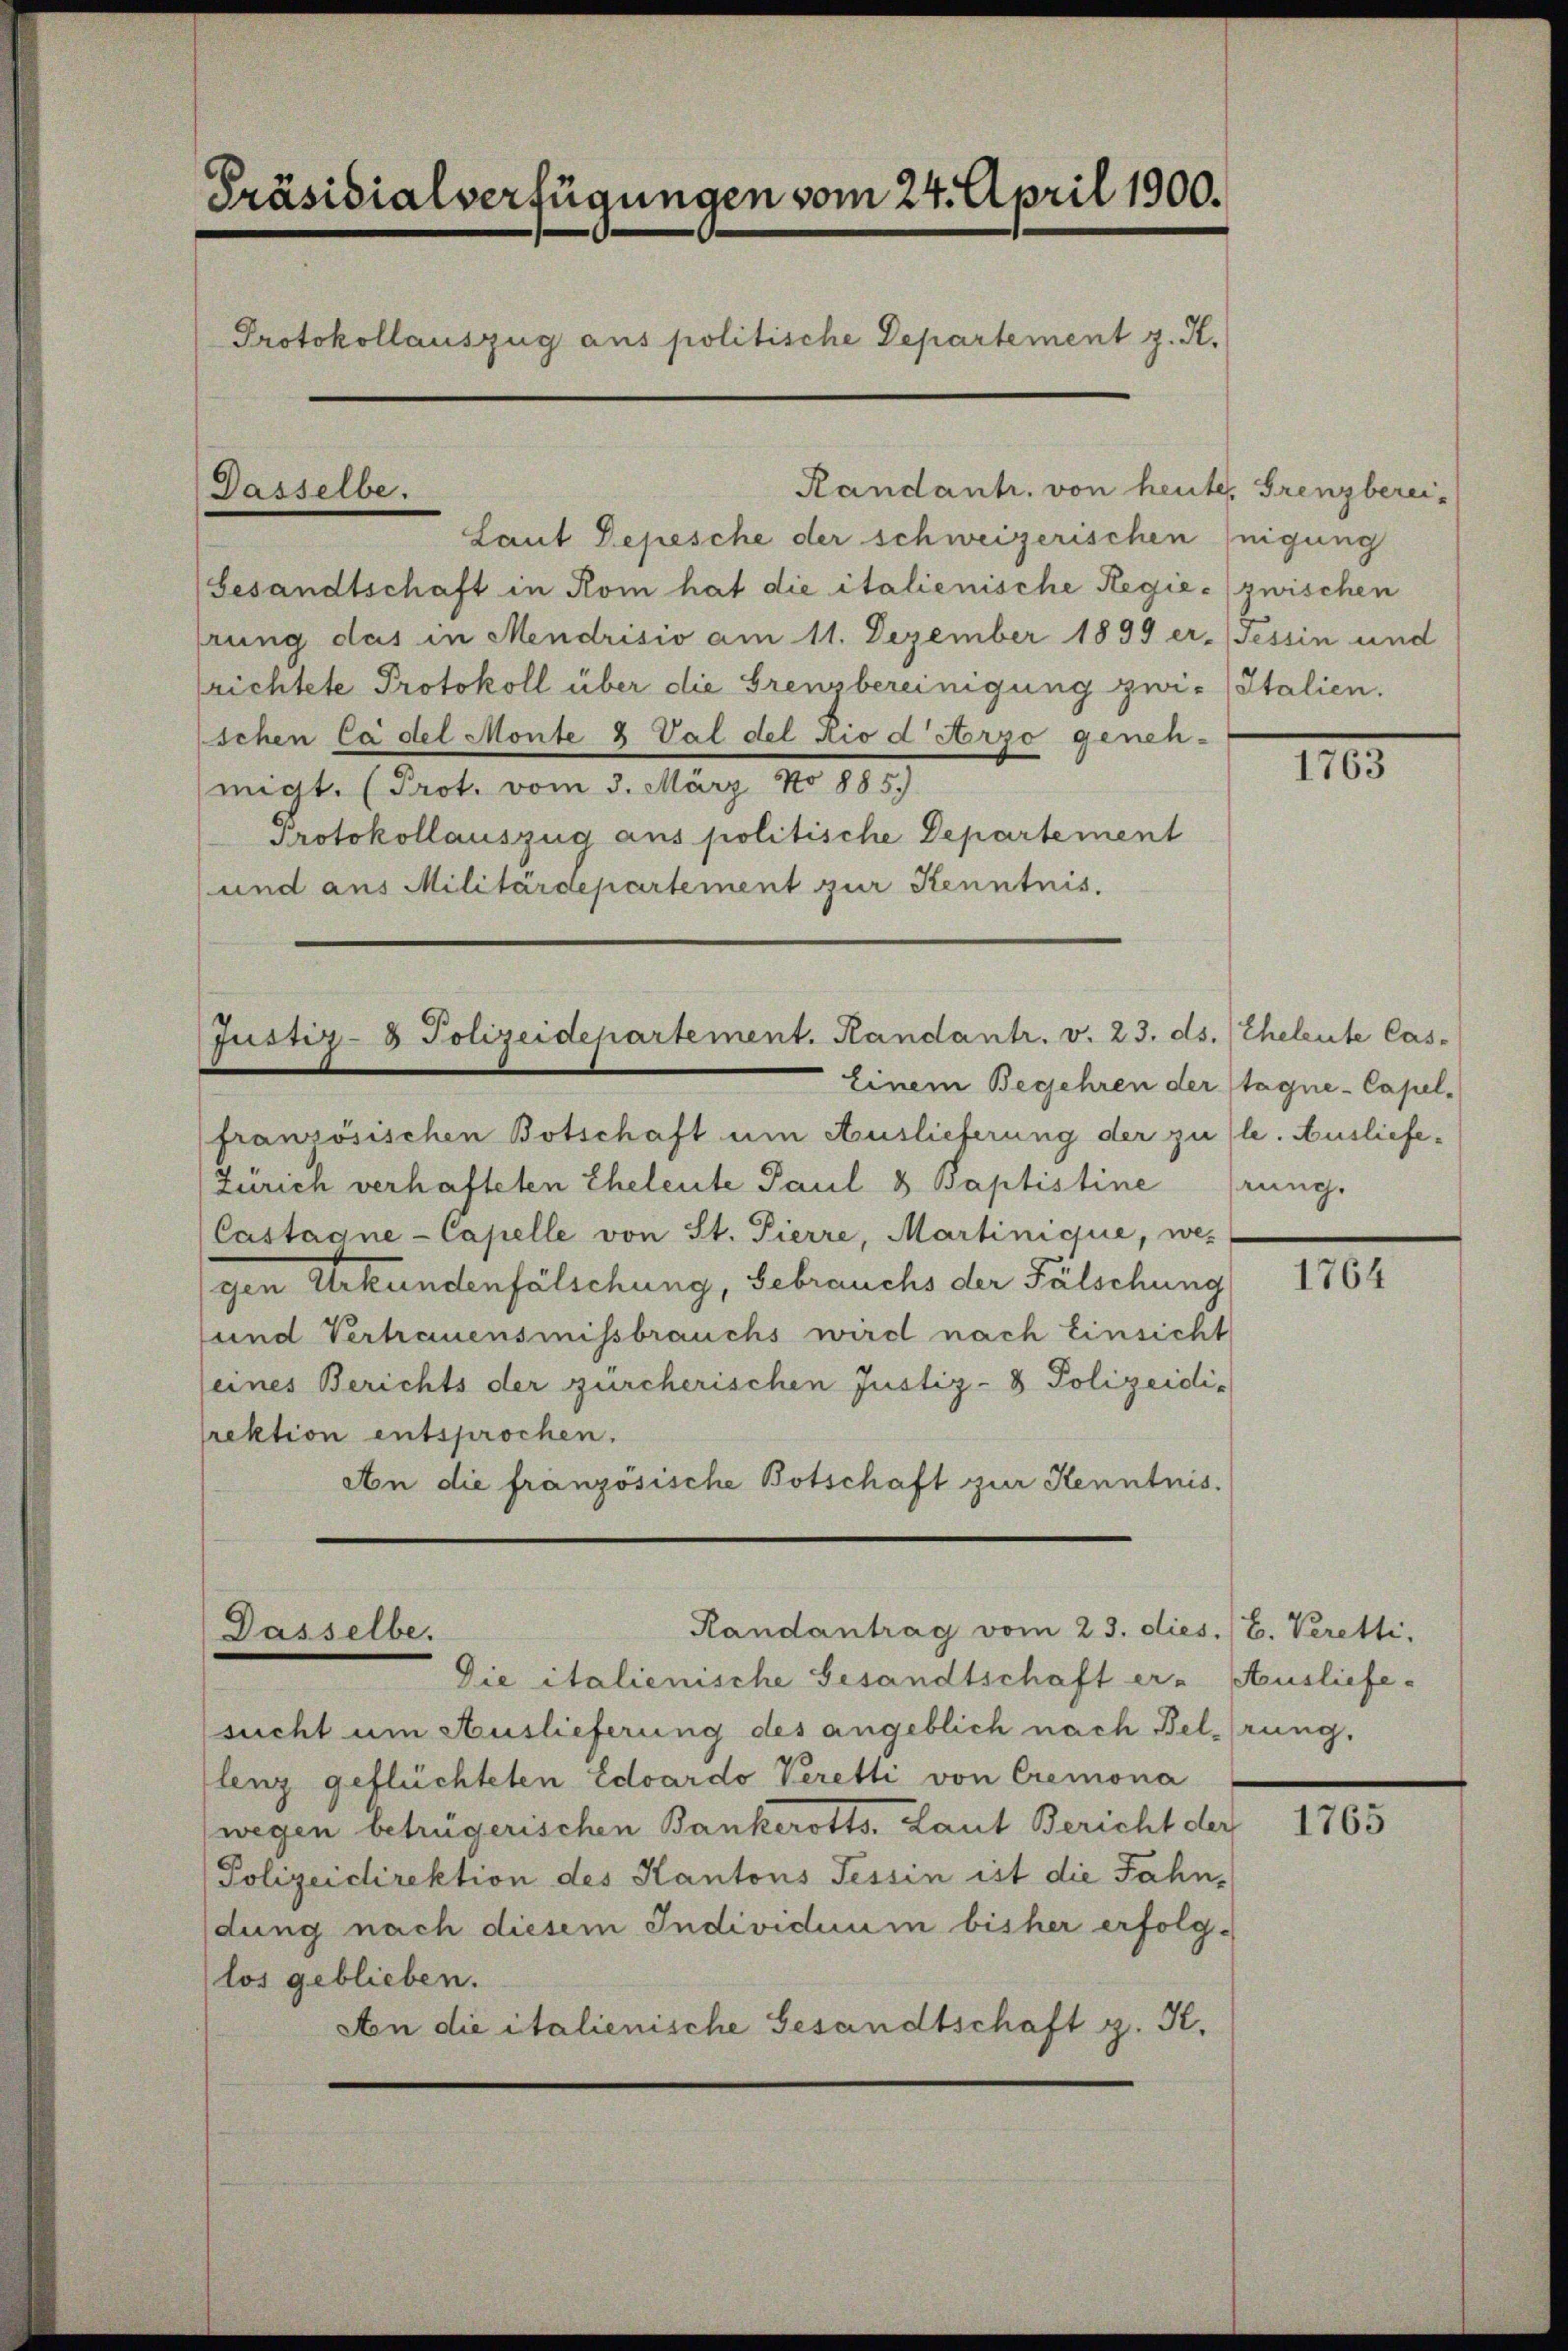
Präsidialverfügungen vom 24. April 1900.
Protokollauszug aus politische Departement z. K.
Randant. von heute. Grenzberei-
Dasselbe.

Laut Depesche der schweizerischen inigung
Gesandtschaft in Rom hat die italienische Regie- (zwischen
rung das in Mendrisio am 11. Dezember 1899 er. (Tessin und
srichtete Protokoll über die Grenzbereinigung zwi- Italien.
schen Ca del Monte 2 Val del Rio d Arzo geneh-
migt. (Prot. vom 3. März No 885.
Protokollauszug aus politische Departement
und aus Militärdepartement zur Kenntnis.

Justiz- & Polizeidepartement. Randantr. v. 23. ds. (Theleute Cas-
Einem Begehren der Stagne-Capel-

Randantrag vom 23. dies. E. Veretti
Dasselbe.

französischen Botschaft um Auslieferung der zu le. Ausliefe¬
Zürich verhafteten Eheleute Paul 8 Baptistine
Castagne-Capelle von St. Pierre, Martinique, wes
gen Urkundenfälschung, Gebrauchs der Fälschung
und Vertrauensmissbrauchs wird nach Einsicht
seines Berichts der zürcherischen Justiz- & Polizeidirektion entsprochen.
An die französische Botschaft zur Kenntnis.

Die italienische Gesandtschaft er - Ausliefe-
sucht um Auslieferung des angeblich nach Belehrung.
lenz geflüchteten Eduardo Veretti von Cremona
(wegen betrügerischen Bankerotts. Laut Bericht der
Polizeidirektion des Kantons Tessin ist die Jahn,
dung nach diesem Individuum bisher erfolglos geblieben.
An die italienische Gesandtschaft z. K.

1763

rung.

1764

1765